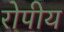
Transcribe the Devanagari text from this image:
रोपीय